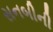
સનબીની